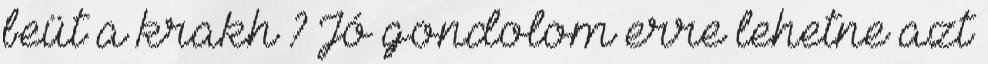
beüt a krakh ? Jó gondolom erre lehetne azt